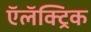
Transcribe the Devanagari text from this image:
ऍलॅक्ट्रिक